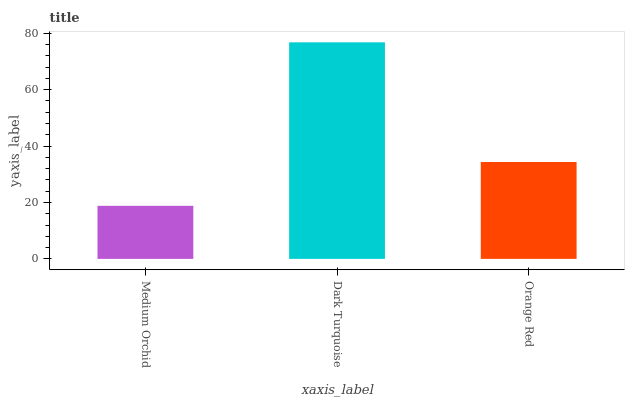
| xaxis_label | bars |
 | --- | --- |
 | Medium Orchid | 18.8 |
 | Dark Turquoise | 76.8 |
 | Orange Red | 34.4 |